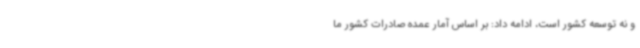
و نه توسعه کشور است، ادامه داد: بر اساس آمار عمده صادرات کشور ما